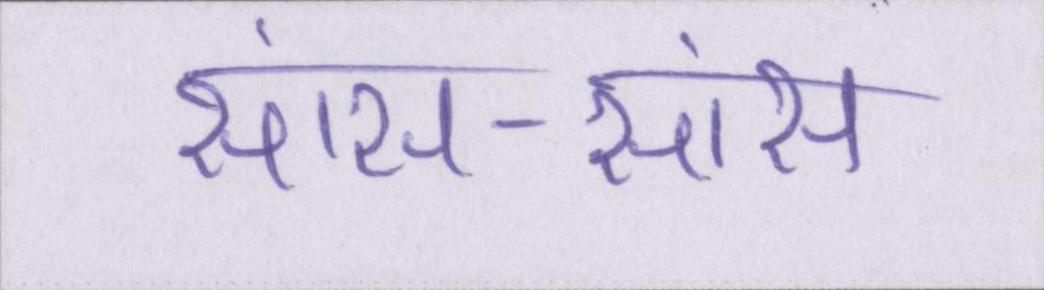
सांस-सांस